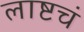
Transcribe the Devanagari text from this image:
लाष्टचं